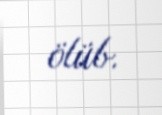
ölüb.